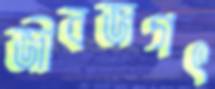
জীবজগৎ